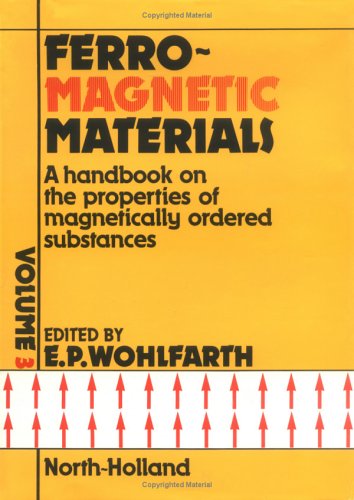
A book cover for Ferromagnetic Materials: a Handbook on the Properties of Magnetically Ordered Substances, Vol. 3; Science & Math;